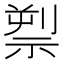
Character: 𥚘